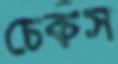
চেকস